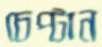
চেপ্‌টান